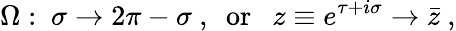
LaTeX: \Omega:\ \sigma\to 2\pi-\sigma\ ,\ \ \mathrm{or}\ \ \ z\equiv e^{\tau+i\sigma}\to\bar{z}\ ,